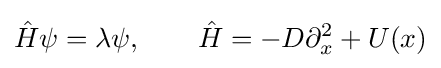
{\hat {H}}\psi =\lambda \psi ,\qquad {\hat {H}}=-D\partial _{x}^{2}+U(x)